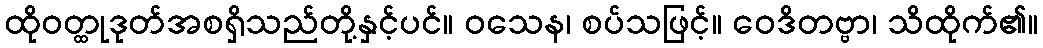
ထိုဝတ္ထုဒုတ်အစရှိသည်တို့နှင့်ပင်။ ဝသေန၊ စပ်သဖြင့်။ ဝေဒိတဗ္ဗာ၊ သိထိုက်၏။